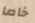
خاصا